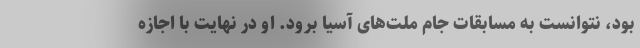
بود، نتوانست به مسابقات جام ملت‌های آسیا برود. او در نهایت با اجازه